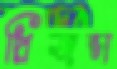
প্রিজন্স